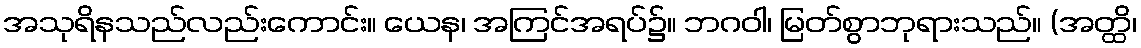
အသုရိနသည်လည်းကောင်း။ ယေန၊ အကြင်အရပ်၌။ ဘဂဝါ၊ မြတ်စွာဘုရားသည်။ (အတ္ထိ၊